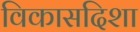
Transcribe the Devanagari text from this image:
विकासदिशा